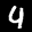
Label: 4